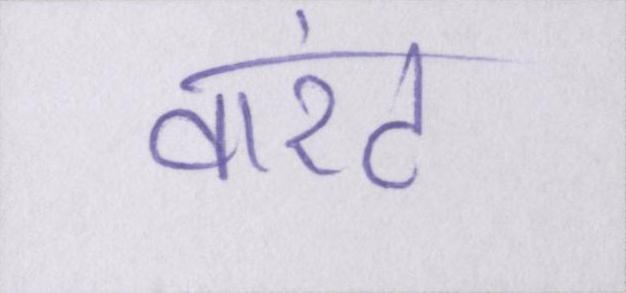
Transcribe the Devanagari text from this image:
वारंट